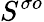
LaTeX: S^{\sigma o}